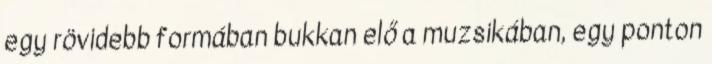
egy rövidebb formában bukkan elő a muzsikában, egy ponton